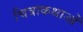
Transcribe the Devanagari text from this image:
चित्राकथाओं